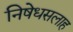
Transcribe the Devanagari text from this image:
निषेधसलाह